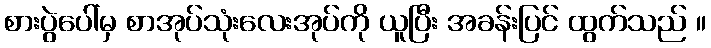
စားပွဲပေါ်မှ စာအုပ်သုံးလေးအုပ်ကို ယူပြီး အခန်းပြင် ထွက်သည် ။